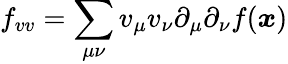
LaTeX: f_{vv}=\sum_{\mu\nu}v_{\mu}v_{\nu}\partial_{\mu}\partial_{\nu}f({\boldsymbol{x}})